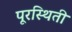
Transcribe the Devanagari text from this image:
पूरस्थिती